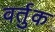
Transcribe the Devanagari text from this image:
वर्तुक